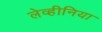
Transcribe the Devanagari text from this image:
लेव्हीनिया